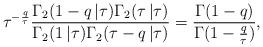
LaTeX: \begin{align*}\tau^{-\frac{q}{\tau}} \frac{\Gamma_2(1-q\,|\tau)\Gamma_2(\tau\,|\tau)}{\Gamma_2(1\,|\tau)\Gamma_2(\tau-q\,|\tau)} = \frac{\Gamma(1-q)}{\Gamma(1-\frac{q}{\tau})},\end{align*}